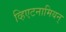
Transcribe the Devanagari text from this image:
व्हिएटनामियन्